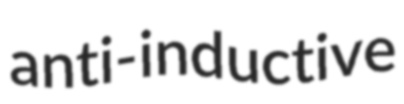
anti-inductive